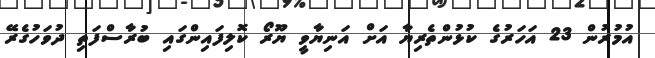
އުމުރުން 23 އަހަރުގެ ކުޅުންތެރިޔާ އަށް އަނިޔާވީ ޔޫރޯ ކޮލިފައިންގައި ބުރާސްފަތި ދުވަހުގެރޭ